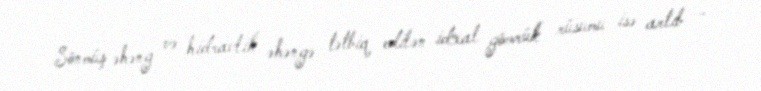
Sönmüş əhəng və hidravlik əhəngə tətbiq edilən idxal gömrük rüsumu isə artıb -